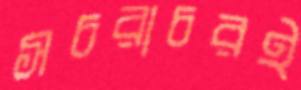
সচরাচরই